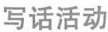
写话活动